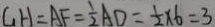
G H = A F = \frac { 1 } { 2 } A D = \frac { 1 } { 2 } \times 6 = 3